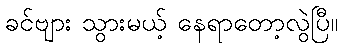
ခင်ဗျား သွားမယ့် နေရာတော့လွဲပြီ။